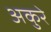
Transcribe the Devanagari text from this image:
अकुरे